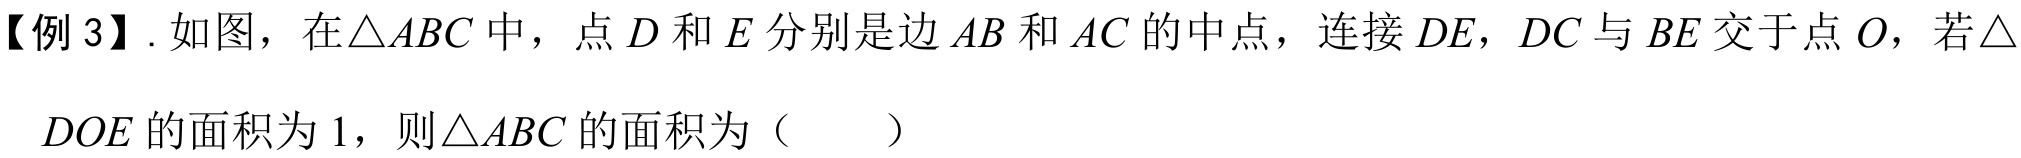
【例3】. 如图，在\(\triangle ABC\)中，点\(D\)和\(E\)分别是边\(AB\)和\(AC\)的中点，连接\(DE\)，\(DC\)与\(BE\)交于点\(O\)，若\(\triangle DOE\)的面积为\(1\)，则\(\triangle ABC\)的面积为（  ）